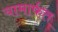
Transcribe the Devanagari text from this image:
यामार्फत